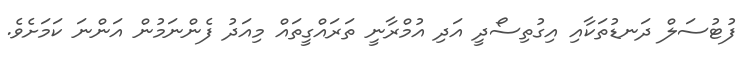
ފުޓުސަލް ދަނޑުތަކާއި އިގުތިސޯދީ އަދި އުމްރާނީ ތަރައްގީތައް މިއަދު ފެންނަމުން އަންނަ ކަމަށެވެ.